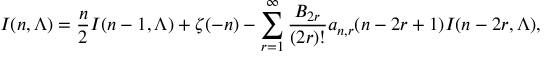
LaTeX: I ( n , \Lambda ) = { \frac { n } { 2 } } I ( n - 1 , \Lambda ) + \zeta ( - n ) - \sum _ { r = 1 } ^ { \infty } { \frac { B _ { 2 r } } { ( 2 r ) ! } } a _ { n , r } ( n - 2 r + 1 ) I ( n - 2 r , \Lambda ) ,